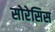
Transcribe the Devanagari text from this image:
सोरेसिस